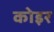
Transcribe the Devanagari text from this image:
कोइर